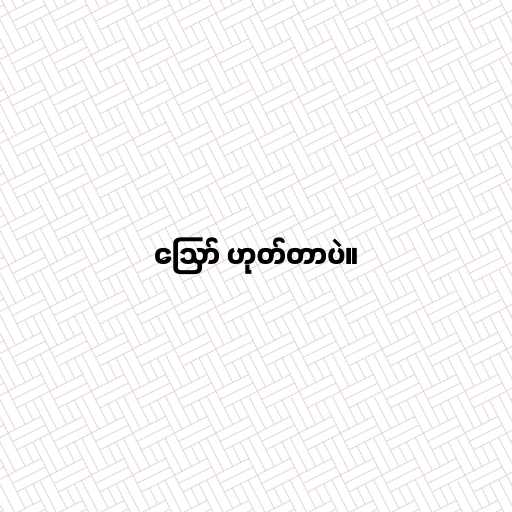
ဪ ဟုတ်တာပဲ။